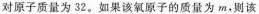
对原子质量为32。如果该氧原子的质量为m，则该